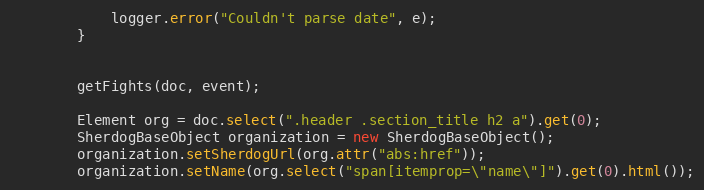
Language: Java
            logger.error("Couldn't parse date", e);
        }

        getFights(doc, event);

        Element org = doc.select(".header .section_title h2 a").get(0);
        SherdogBaseObject organization = new SherdogBaseObject();
        organization.setSherdogUrl(org.attr("abs:href"));
        organization.setName(org.select("span[itemprop=\"name\"]").get(0).html());